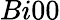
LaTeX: Bi00